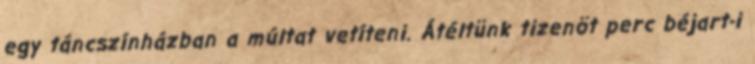
egy táncszínházban a múltat vetíteni. Átéltünk tizenöt perc béjart-i